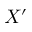
X ^ { \prime }